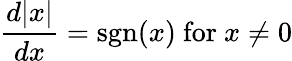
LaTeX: {\frac{d|x|}{dx}}=\operatorname{sgn}(x){\mathrm{~for~}}x\neq 0